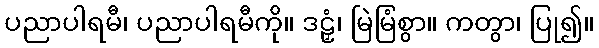
ပညာပါရမီ၊ ပညာပါရမီကို။ ဒဠှံ၊ မြဲမြံစွာ။ ကတွာ၊ ပြု၍။